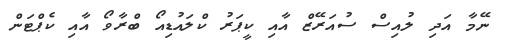
ނޭމާ އަދި ލުއިސް ސުއަރޭޒް އާއި ކީޕަރު ކްލައުޑިއޯ ބްރާވޯ އާއި ކެޕްޓަން